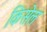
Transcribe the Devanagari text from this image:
किसेल